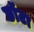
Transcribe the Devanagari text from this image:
छॉटा